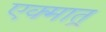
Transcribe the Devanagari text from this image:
एक्मात्र्